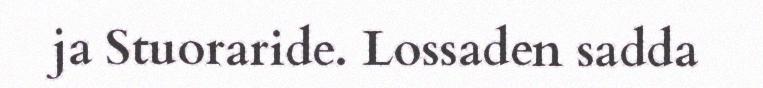
ja Stuoraride. Lossaden sadda